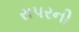
રાપરની